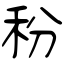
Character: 秎